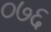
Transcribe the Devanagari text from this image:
०७६